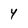
Character: 4